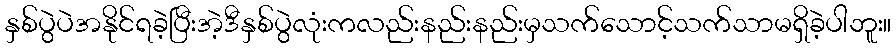
နှစ်ပွဲပဲအနိုင်ရခဲ့ပြီးအဲ့ဒီနှစ်ပွဲလုံးကလည်းနည်းနည်းမှသက်သောင့်သက်သာမရှိခဲ့ပါဘူး။